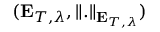
( \mathbf { E } _ { T , \lambda } , \Vert . \Vert _ { \mathbf { E } _ { T , \lambda } } )